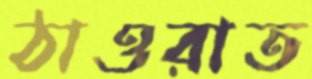
ঠাওরাত